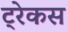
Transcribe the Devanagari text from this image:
ट्रेकस